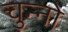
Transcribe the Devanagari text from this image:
चुन्नो